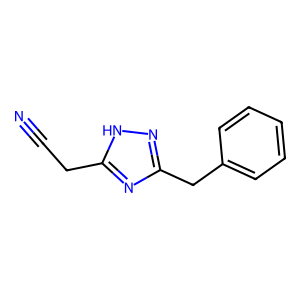
SMILES: N#CCc1nc(Cc2ccccc2)n[nH]1
Inhibits HIV replication: No